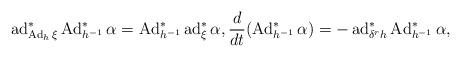
LaTeX: \begin{gather*}\operatorname{ad}^*_{\operatorname{Ad}_h\xi}\operatorname{Ad}^*_{h^{-1}}\alpha=\operatorname{Ad}^*_{h^{-1}}\operatorname{ad}^*_\xi\alpha,\frac{d}{dt}(\operatorname{Ad}^*_{h^{-1}}\alpha) =-\operatorname{ad}^*_{\delta^rh}\operatorname{Ad}^*_{h^{-1}}\alpha,\end{gather*}